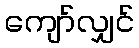
ကျော်လျှင်